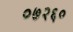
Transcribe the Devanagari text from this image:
०७२६०